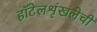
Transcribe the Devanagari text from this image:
हॉटेलशृंखलेची